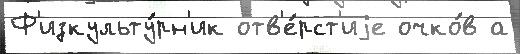
Ф'изкульту́рн'ик отв'е́рст'иjе очко́в а